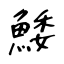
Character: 鯘